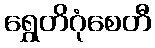
ရွှေတိဂုံစေတီ